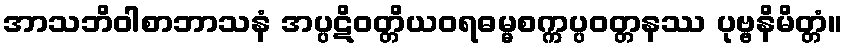
အာသဘိဝါစာဘာသနံ အပ္ပဋိဝတ္တိယဝရဓမ္မစက္ကပ္ပဝတ္တနဿ ပုဗ္ဗနိမိတ္တံ။